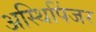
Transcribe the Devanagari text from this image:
अस्थिपिंजर